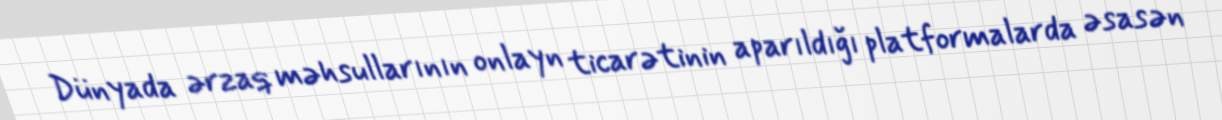
Dünyada ərzaq məhsullarının onlayn ticarətinin aparıldığı platformalarda əsasən